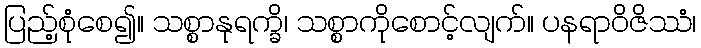
ပြည့်စုံစေ၍။ သစ္စာနုရက္ခိ၊ သစ္စာကိုစောင့်လျက်။ ပနရာဝိဇိဿံ၊